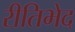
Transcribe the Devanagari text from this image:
रीतिभेद